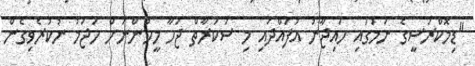
"ޑިމޮކްރަސީގެ ނަމުގައި ހައިޖާނު އުފައްދައި މި ސަކަރާތް ޖަހާ މީހުންނަށް ހަޖަމު ނުކުރެވިގެން